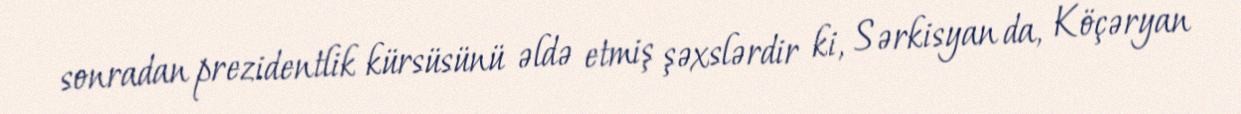
sonradan prezidentlik kürsüsünü əldə etmiş şəxslərdir ki, Sərkisyan da, Köçəryan